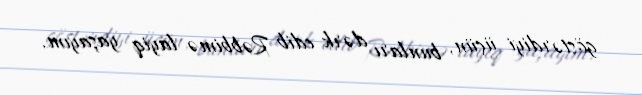
göstərdiyi üçün, bunları dərk edib Rəbbimə layiq yaşayım.